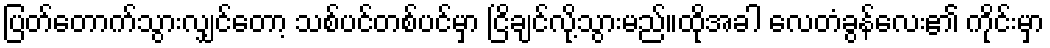
ပြတ်တောက်သွားလျှင်တော့ သစ်ပင်တစ်ပင်မှာ ငြိချင်လို့သွားမည်။ထိုအခါ လေတံခွန်လေး၏ ကိုင်းမှာ